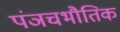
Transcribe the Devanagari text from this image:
पंञचभौतिक